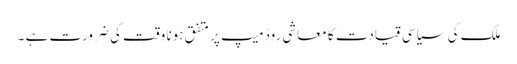
ملک کی سیاسی قیادت کا معاشی روڈ میپ پر متفق ہونا وقت کی ضرورت ہے ۔